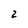
Character: 2